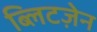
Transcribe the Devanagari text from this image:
ब्लिटज़ेन